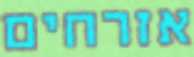
אזרחים